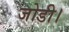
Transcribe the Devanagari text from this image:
जोडी।